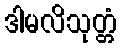
ဒါမလိသုတ္တံ